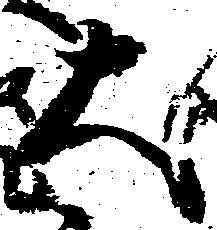
大